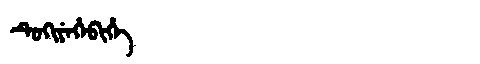
Manchu: ᡨᡠᡴᡳᠶᡝᡥᡝᠪᡳᡥᡝ
Romanization: TUKIYEHEBIHE